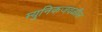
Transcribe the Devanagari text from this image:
म्युनिकजवळील